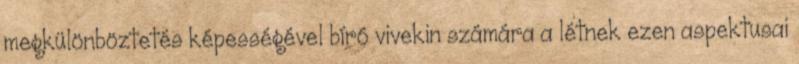
megkülönböztetés képességével bíró vivekin számára a létnek ezen aspektusai